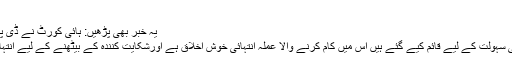
فرنٹ
یہ خبر بھی پڑھیں: ہائی کورٹ نے ڈی پی او کو طلب کرلیا
ڈیسک خالصتاً آپکی سہولت کے لیے قائم کیے گئے ہیں اس میں کام کرنے والا عملہ انتہائی خوش اخلاق ہے اورشکایت کنندہ کے بیٹھنے کے لیے انتہائی اچھا انتظام ہے۔